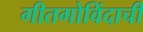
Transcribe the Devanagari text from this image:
गीतगोविंदाची